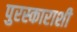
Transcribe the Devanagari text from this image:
पुरस्काराशी